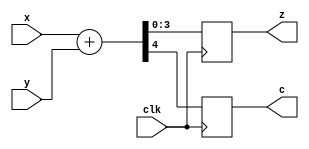
module addv2 (
	input wire clk,
	input wire [3:0] x,
	input wire [3:0] y,
	output reg [3:0] z,
	output reg c
	);

	always @(posedge clk) begin
		{c,z} <= x + y;
	end
endmodule